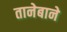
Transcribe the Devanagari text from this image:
तानेबाने